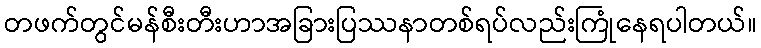
တဖက်တွင်မန်စီးတီးဟာအခြားပြဿနာတစ်ရပ်လည်းကြုံနေရပါတယ်။